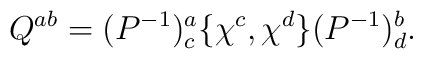
Q^{ab}=(P^{-1})^a_c\{\chi^c,\chi^d \}  (P^{-1})^b_d .